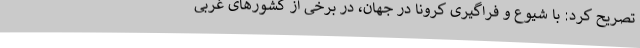
تصریح کرد: با شیوع و فراگیری کرونا در جهان، در برخی از کشورهای غربی